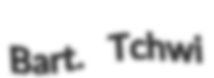
Bart. Tchwi